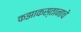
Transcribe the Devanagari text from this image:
कझाकस्तानाचे